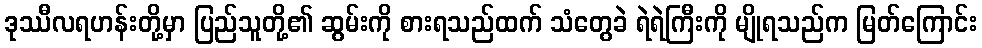
ဒုဿီလရဟန်းတို့မှာ ပြည်သူတို့၏ ဆွမ်းကို စားရသည်ထက် သံတွေခဲ ရဲရဲကြီးကို မျိုရသည်က မြတ်ကြောင်း